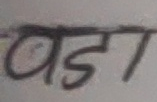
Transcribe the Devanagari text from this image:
बडा